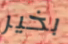
بخير